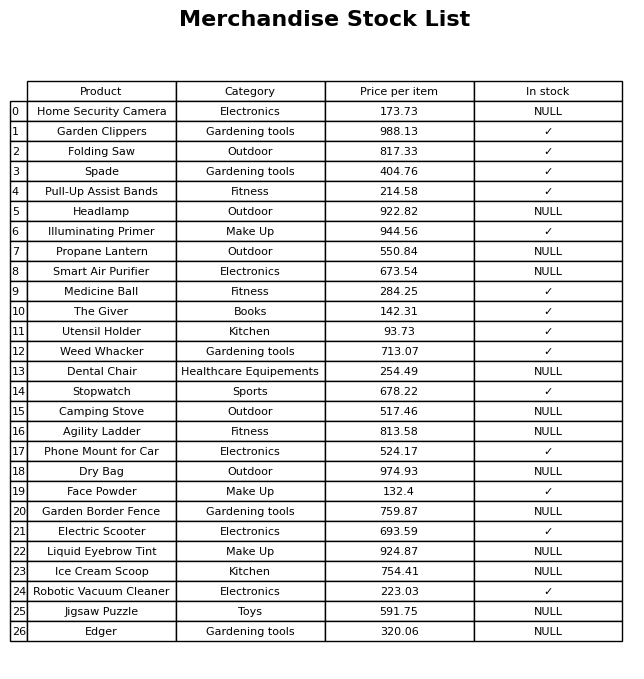
question: What is the price of the Illuminating Primer?
answer: The price of Illuminating Primer is 944.56.